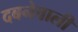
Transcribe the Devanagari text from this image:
दबनेवाली